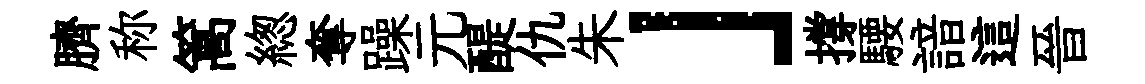
臍称篙緫奪躁元醍仇朱」撐騕諳這晉